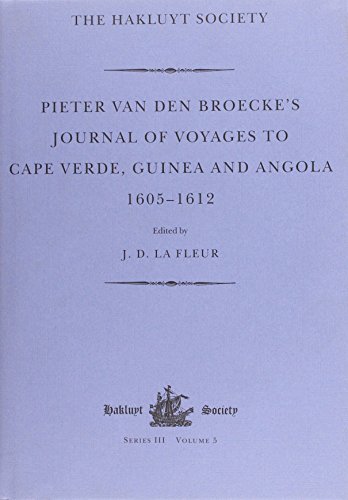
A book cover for Pieter Van Den Broecke's Journal of Voyages to Cape Verde, Guinea and Angola (1605-1612) (Hakluyt Society Third Series, 5); Travel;